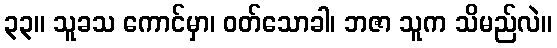
၃၃။ သူခသ ကောင်မှာ၊ ဝတ်သောခါ၊ ဘဇာ သူက သိမည်လဲ။